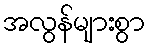
အလွန်များစွာ